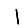
Digit: 1